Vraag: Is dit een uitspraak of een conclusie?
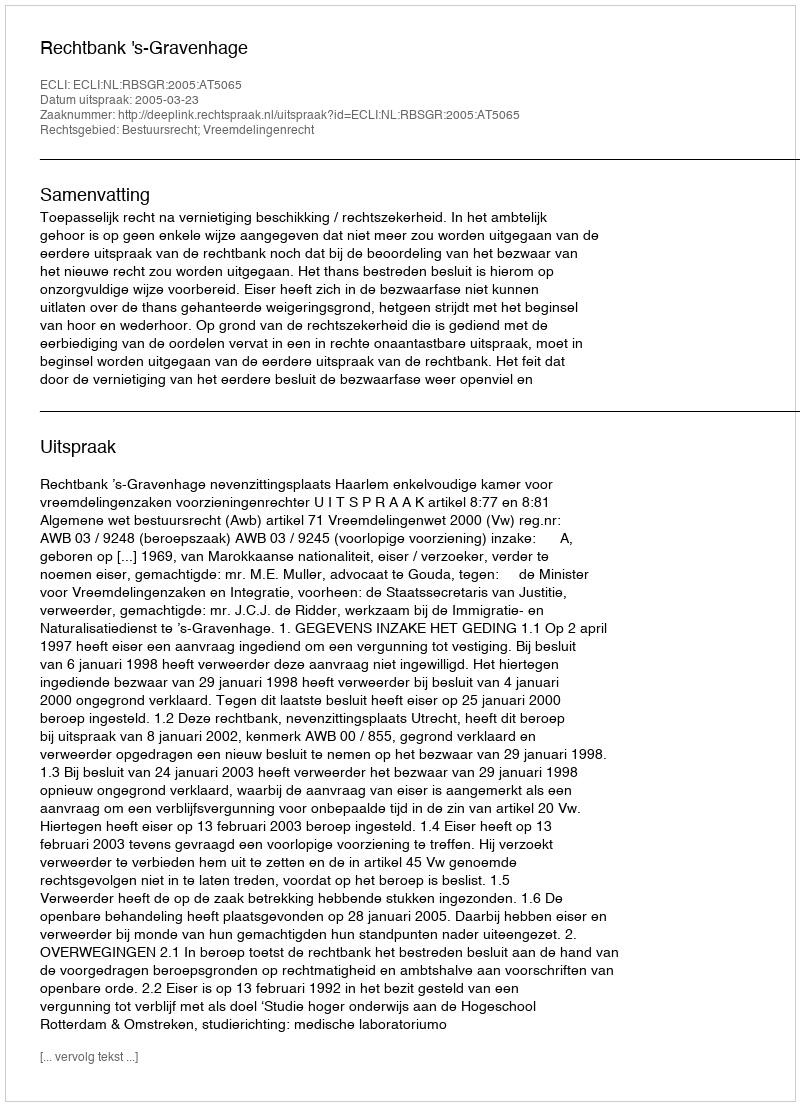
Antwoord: Uitspraak